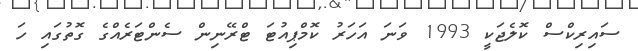
ސައިރިކްސް ކޮލެޖަކީ 1993 ވަނަ އަހަރު ކޮމްޕިއުޓަ ޓްރޭނިން ސެންޓަރެއްގެ ގޮތުގައި ހަ